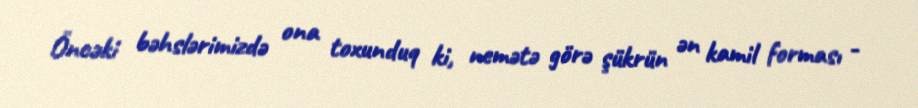
Öncəki bəhslərimizdə ona toxunduq ki, nemətə görə şükrün ən kamil forması -